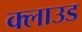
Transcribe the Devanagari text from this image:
क्‍लाउड